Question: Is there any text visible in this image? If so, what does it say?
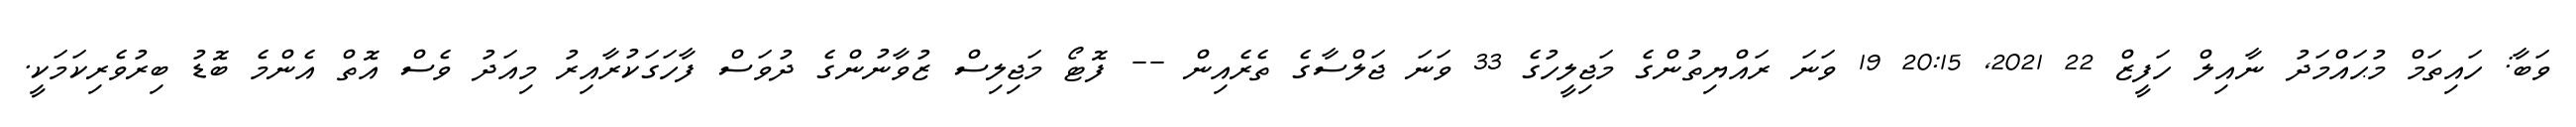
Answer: ވަބާ: ހައިތަމް މުޙައްމަދު ނާއިލް ހަފީޒް 22 2021, 20:15 19 ވަނަ ރައްޔިތުންގެ މަޖިލީހުގެ 33 ވަނަ ޖަލްސާގެ ތެރެއިން -- ފޮޓޯ މަޖިލިސް ޒުވާނުންގެ ދުވަސް ފާހަގަކުރާއިރު މިއަދު ވެސް އޮތް އެންމެ ބޮޑު ބިރުވެރިކަމަކީ.